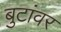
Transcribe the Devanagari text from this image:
बुटांवर